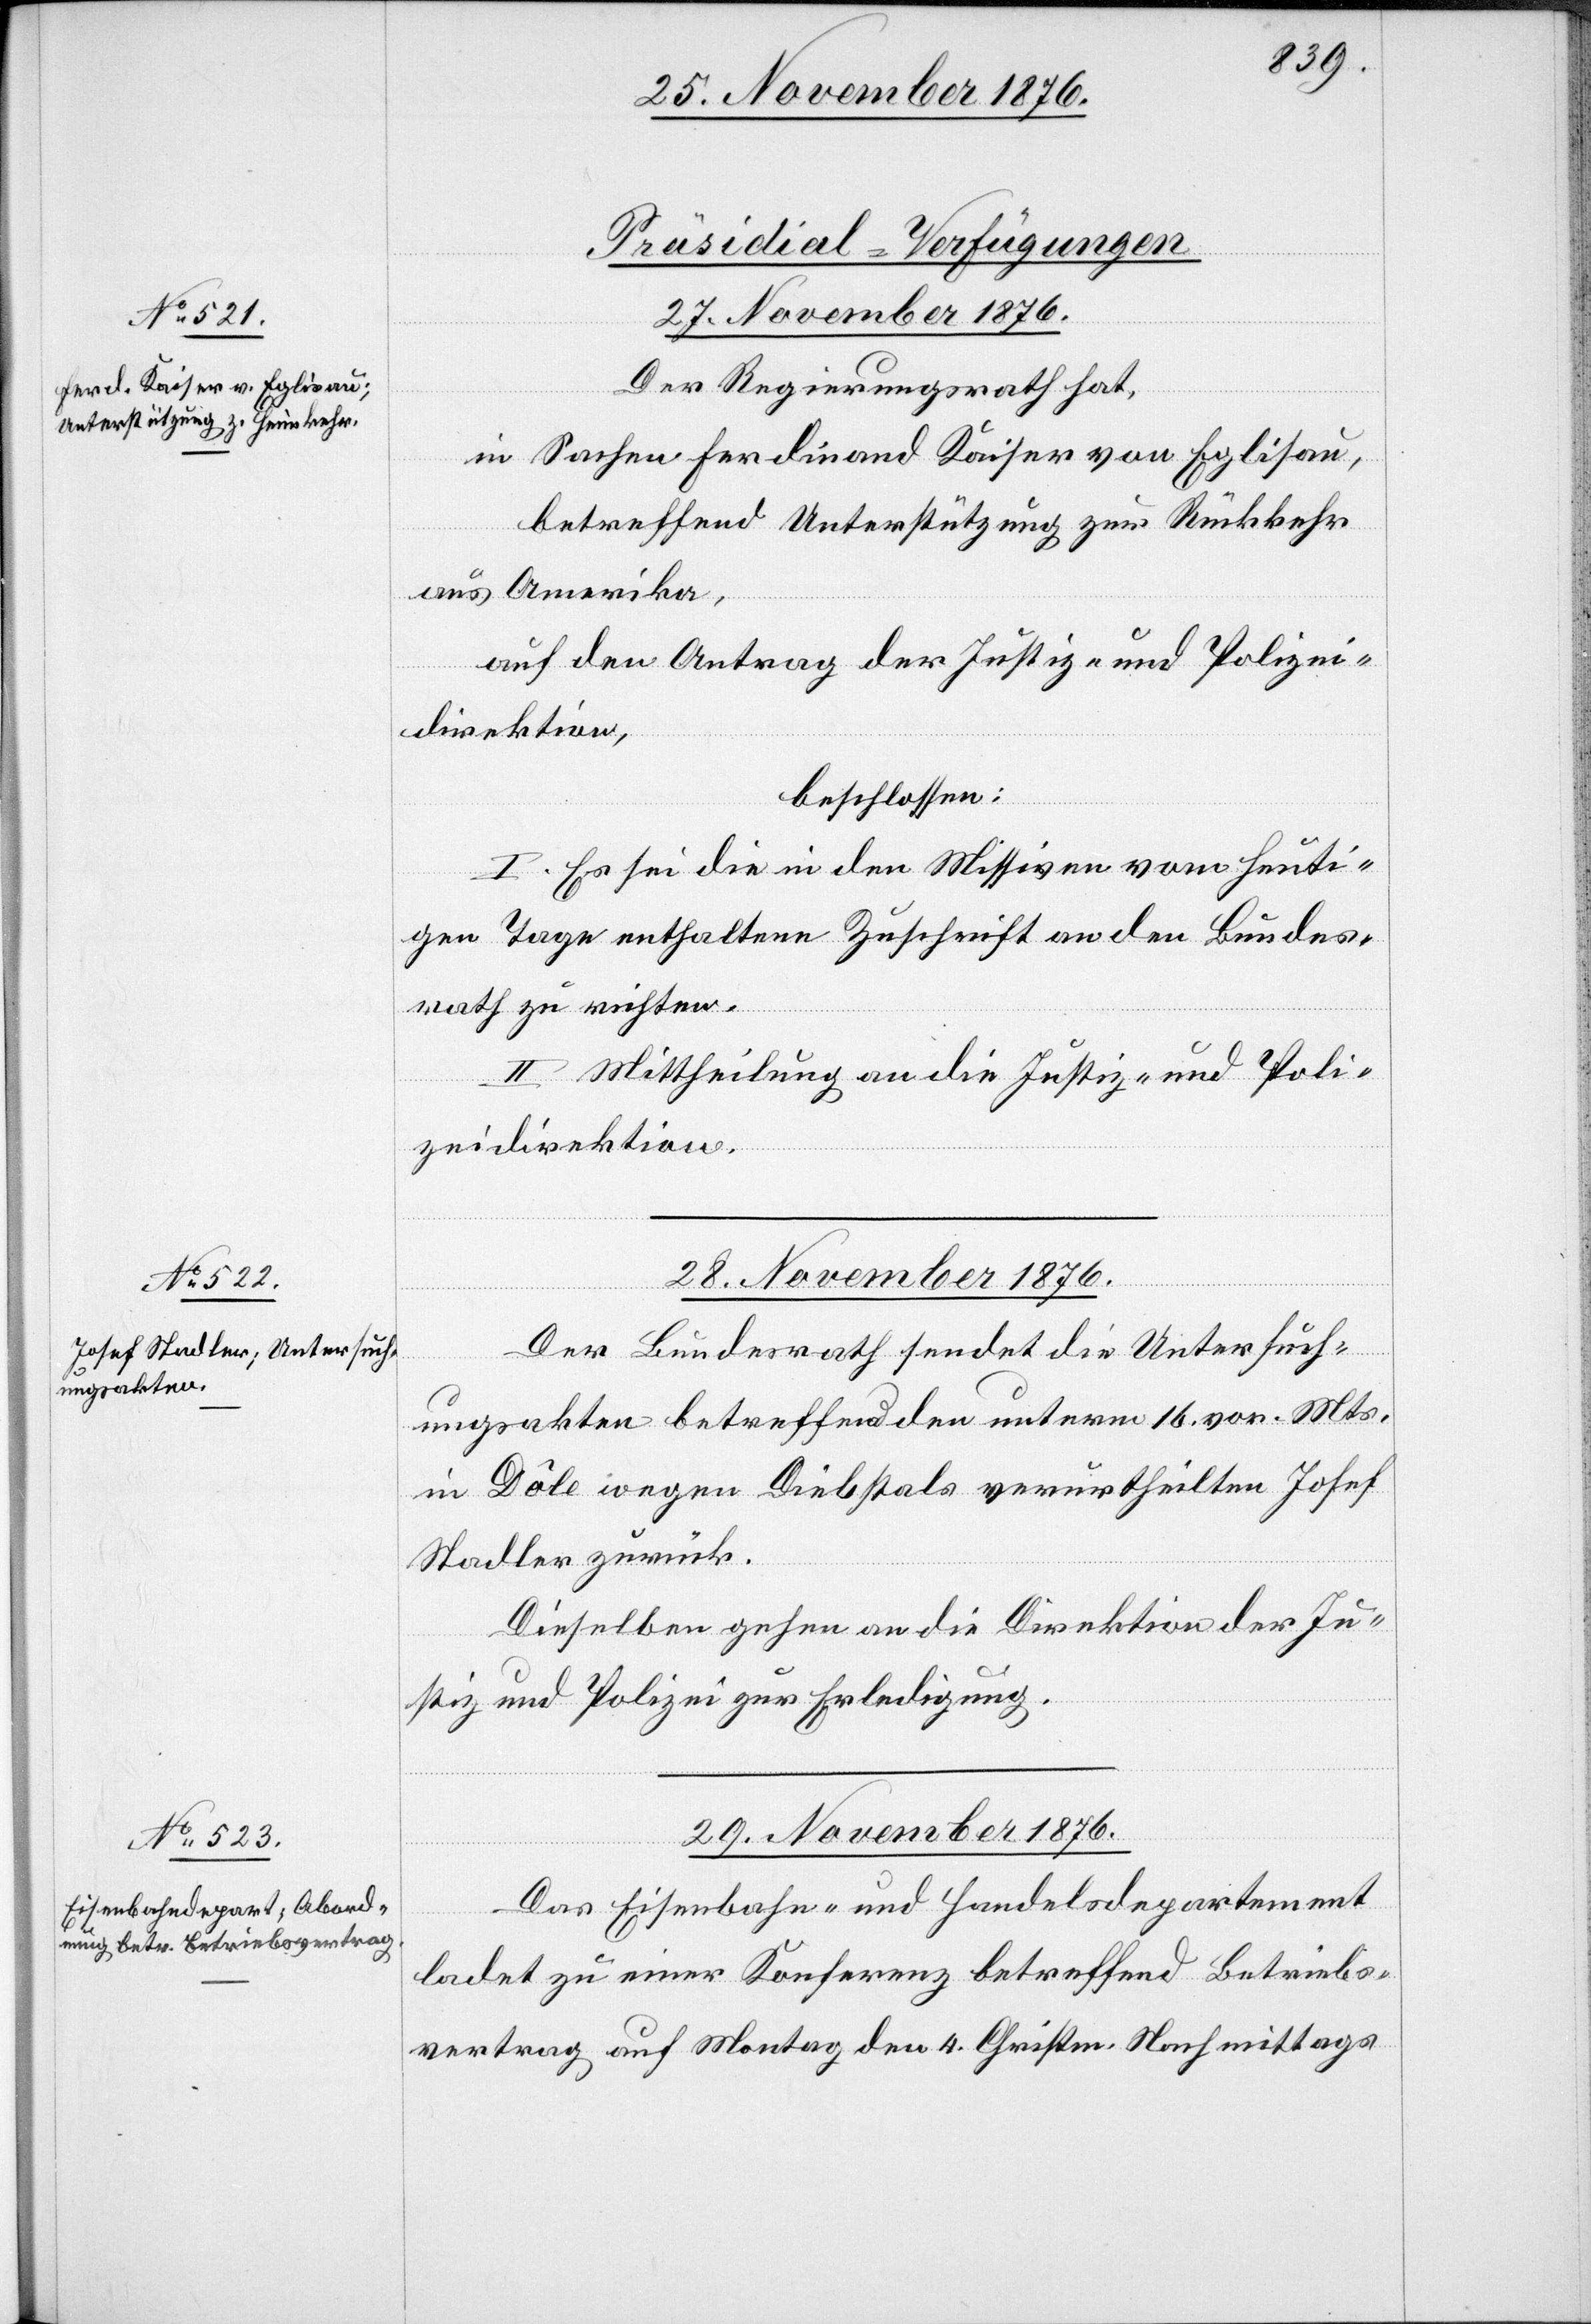
28. November 1876.
[Präsidial-Verfügungen]
Der Regierungsrath hat,
in Sachen Ferdinand Kaiser von Eglisau,
betreffend Unterstützung zur Rückkehr
aus Amerika,
auf den Antrag der Justiz- und Polizei¬
direktion,
beschlossen:
I. Es sei die in den Missiven vom heuti¬
gen Tage enthaltene Zuschrift an den Bundes¬
rath zu richten.
II. Mittheilung an die Justiz- und Poli¬
zeidirektion.
Der Bundesrath sendet die Untersuch¬
ungsakten betreffend den unterm 16. vor. Mts.
in Dôle wegen Diebstals verurtheilten Josef
Stadler zurück.
Dieselben gehen an die Direktion der Ju¬
stiz und Polizei zur Erledigung.
29. November 1876.
Das Eisenbahn- und Handelsdepartement
ladet zu einer Konferenz betreffend Betriebs¬
vertrag auf Monat den 4. Christm. Nachmittags